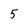
Character: 5